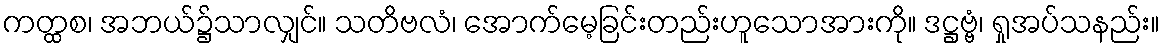
ကတ္ထစ၊ အဘယ်၌သာလျှင်။ သတိဗလံ၊ အောက်မေ့ခြင်းတည်းဟူသောအားကို။ ဒဋ္ဌဗ္ဗံ၊ ရှုအပ်သနည်း။